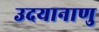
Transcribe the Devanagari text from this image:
उदयानाणु